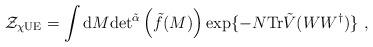
\begin{align*}\mathcal{Z}_{\chi{\rm UE}} = \int {\rm d}M {\rm det}^{\tilde{\alpha}}\left( \tilde{f}(M) \right)\exp\{-N{\rm Tr}\tilde{V}(WW^\dagger)\} \ ,\end{align*}